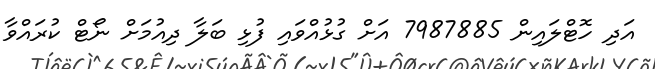
އަދި ހޮޓްލައިން 7987885 އަށް ގުޅުއްވައި ފުޅި ބަލާ ދިއުމަށް ނޯޓް ކުރައްވާ